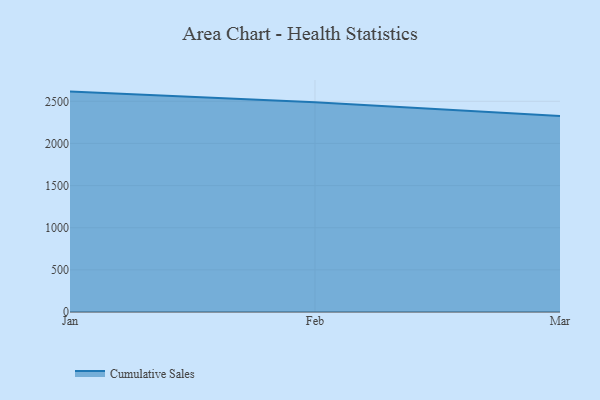
{"axis": {"x": "Month", "y": "Customer Acquisition Cost (USD)"}, "legend": ["Cumulative Sales"], "data": [{"x": "Jan", "y": 2615.1, "type": "Cumulative Sales"}, {"x": "Feb", "y": 2489.7, "type": "Cumulative Sales"}, {"x": "Mar", "y": 2325.4, "type": "Cumulative Sales"}]}